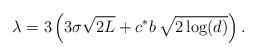
LaTeX: \begin{align*}\lambda=3\left (3\sigma\sqrt{2L}+c^{*}b\,\sqrt{2\log(d)}\right ).\end{align*}